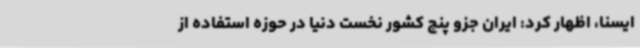
ایسنا، اظهار کرد: ایران جزو پنج کشور نخست دنیا در حوزه استفاده از